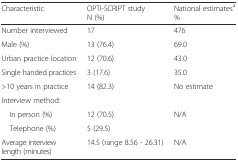
<table><thead><tr><td><b>Characteristic</b></td><td><b>OPTI-SCRIPT studyN (%)</b></td><td><b>National estimates<sup>a</sup>%</b></td></tr></thead><tbody><tr><td>Number interviewed</td><td>17</td><td>476</td></tr><tr><td>Male (%)</td><td>13 (76.4)</td><td>69.0</td></tr><tr><td>Urban practice location</td><td>12 (70.6)</td><td>43.0</td></tr><tr><td>Single handed practices</td><td>3 (17.6)</td><td>35.0</td></tr><tr><td>&gt;10 years in practice</td><td>14 (82.3)</td><td>No estimate</td></tr><tr><td>Interview method:</td><td></td><td></td></tr><tr><td> In person (%)</td><td>12 (70.5)</td><td rowspan="2">N/A</td></tr><tr><td> Telephone (%)</td><td>5 (29.5)</td></tr><tr><td>Average interview length (minutes)</td><td>14.5 (range 8.56 - 26.31)</td><td>N/A</td></tr></tbody></table>